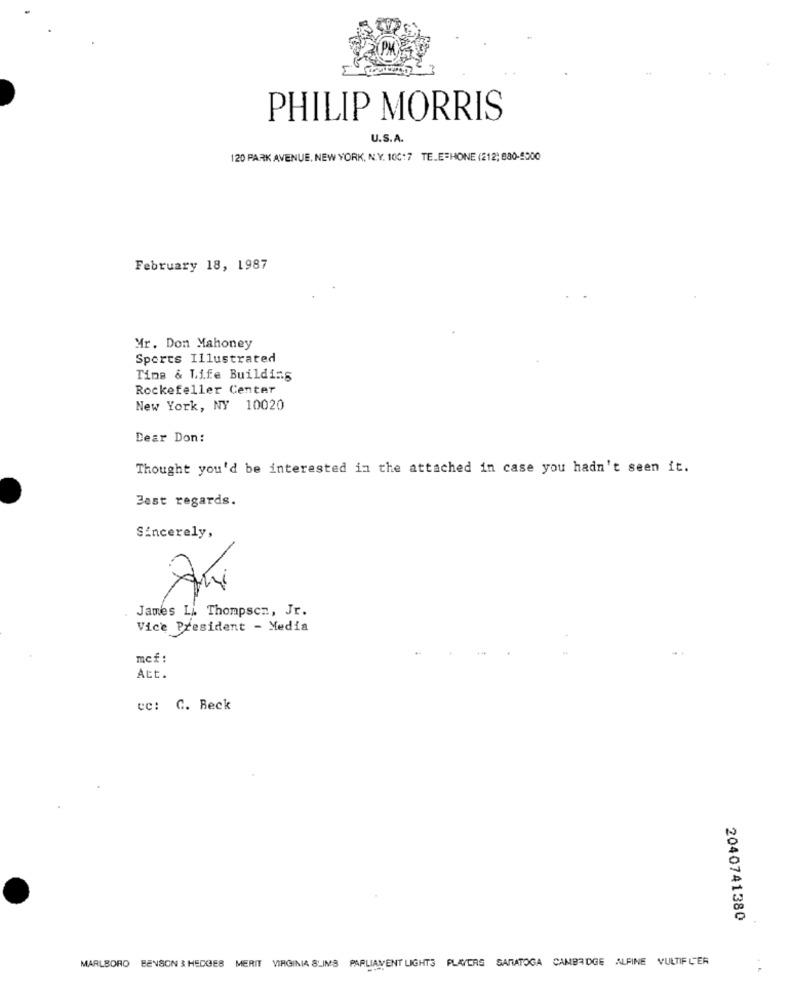
PHILIP MORRIS
U.S.A.
120 PARK AVENUE, NEW YORK, N.Y. 100:7 TELEPHONE (212; 880-9000
February 18, 1987
Mr. Don Mahoney
Sports Illustrated
Time & Life Building
Rockefeller Center
New York, NY 10020
Dear Don:
Thought you'd be interested in the attached in case you hadn't seen it.
Best regards.
Sincerely,
Ani
James Li. Thompson, Jr.
Vice President - Media
mcf:
Att.
ec: C. Beck
2040741380
MARLBORO BENSON & HEDGES MERIT VIRGINIA SLIMS PARLIAMENT LIGHTS PLAYERS SARATOGA CAMBRIDGE ALFINE VULTIFL'ER